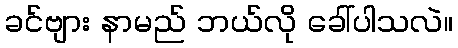
ခင်ဗျား နာမည် ဘယ်လို ခေါ်ပါသလဲ။